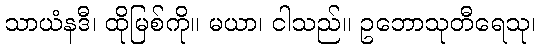
သာယံနဒီ၊ ထိုမြစ်ကို။ မယာ၊ ငါသည်။ ဥဘောသုတီရေသု၊